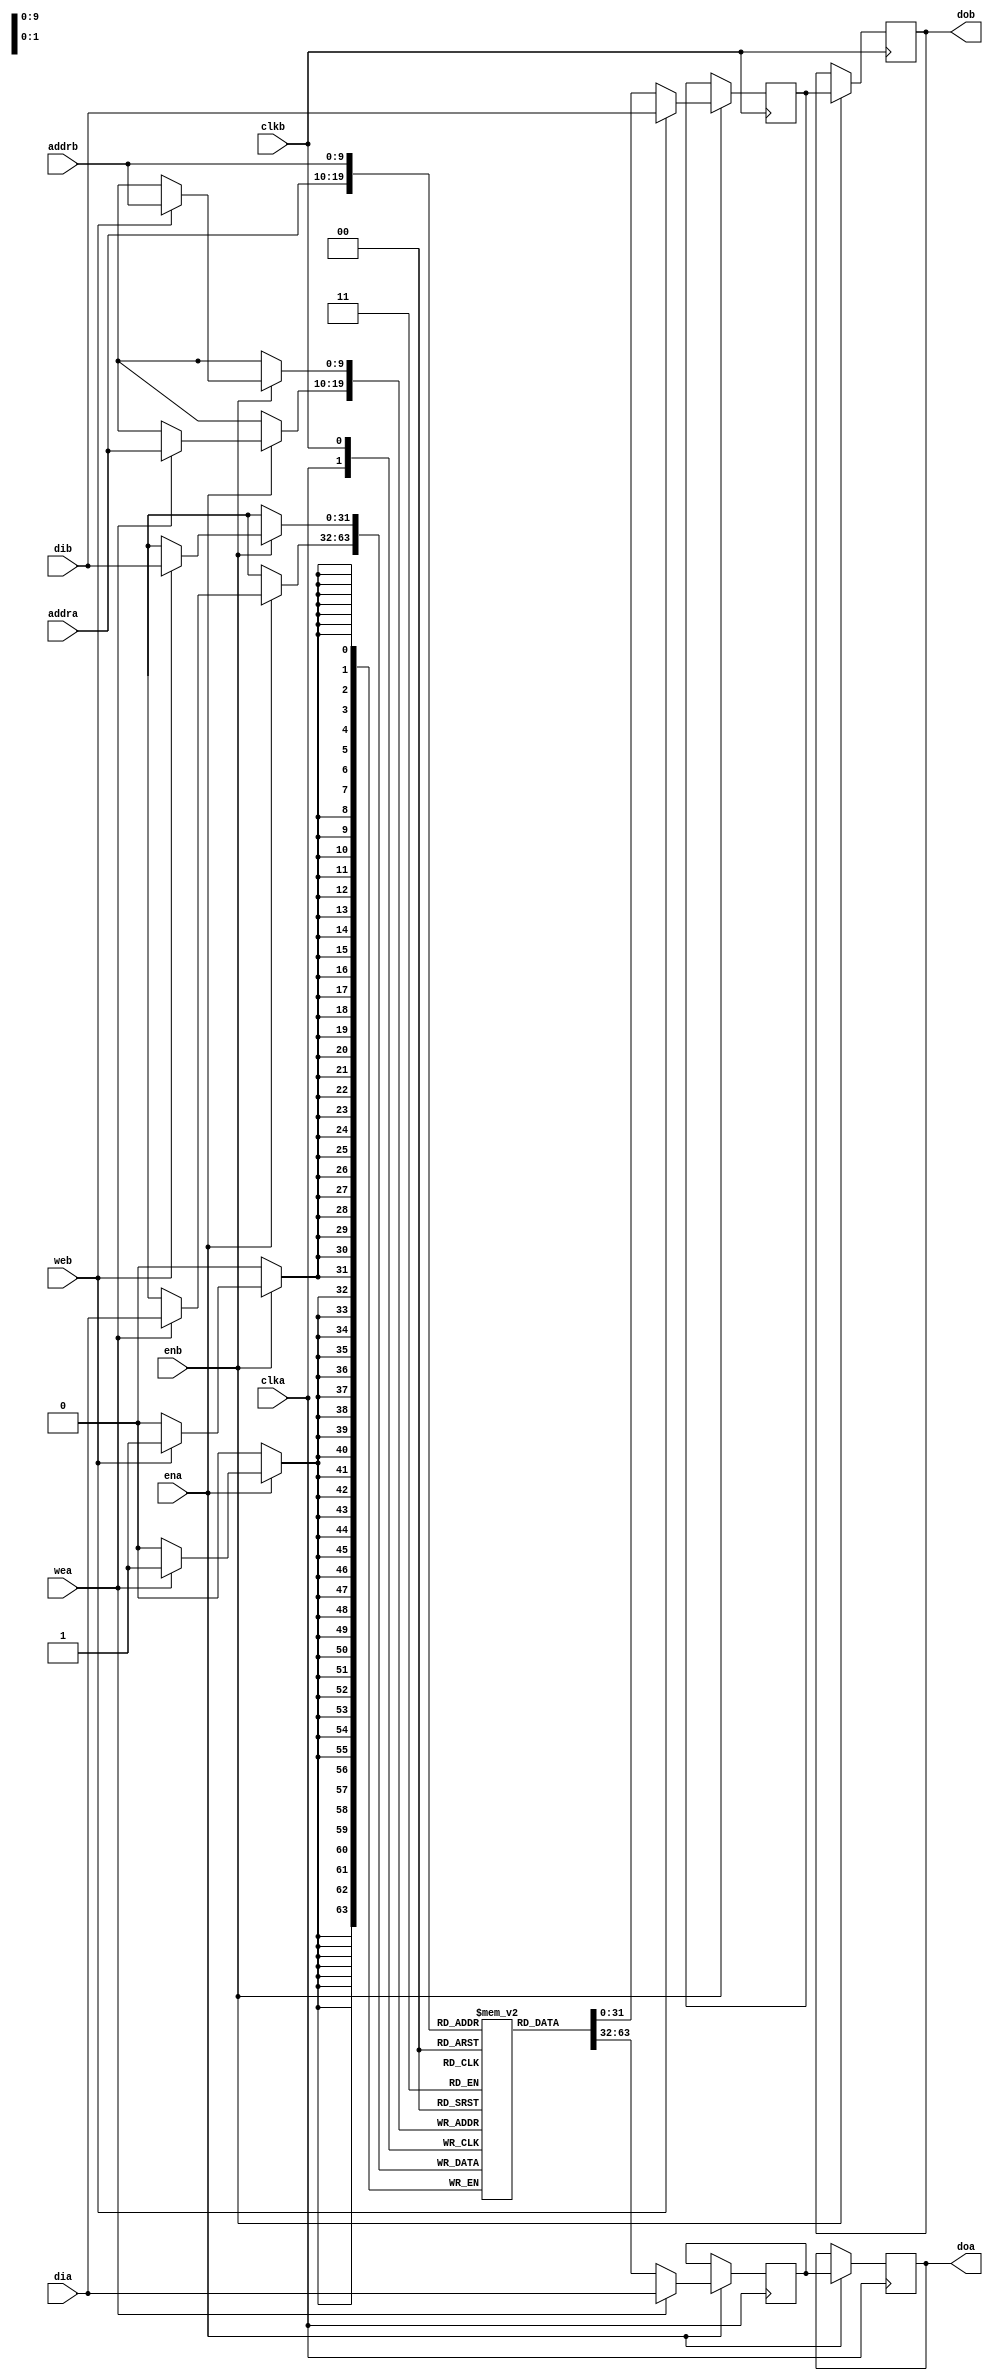
//                              -*- Mode: Verilog -*-
// Description     : Write-first dual port RAM
// Last Modified By: Christophe Clienti
// Update Count    : 0
// Status          : Unknown, Use with caution!
// Copyright (C) 2013-2016 Christophe Clienti - All Rights Reserved

`timescale 1 ns / 100 ps

module dpmemwf
  #(parameter DEPTH   = 10,
    parameter WIDTH   = 32,
    parameter OUTREGA = 1,
    parameter OUTREGB = 1)

   (input wire             clka, ena, wea,
    input wire [DEPTH-1:0] addra,
    input wire [WIDTH-1:0] dia,
    output reg [WIDTH-1:0] doa,

    input wire             clkb, enb, web,
    input wire [DEPTH-1:0] addrb,
    input wire [WIDTH-1:0] dib,
    output reg [WIDTH-1:0] dob);


   reg [WIDTH-1:0] ram[2**DEPTH-1:0];
   reg [WIDTH-1:0] doa_reg, dob_reg;


   always @ (posedge clka) begin
      if(ena == 1'b1) begin
         if(wea == 1'b1) begin
            doa_reg <= dia;
            ram[addra] <= dia;
         end else
           doa_reg <= ram[addra];
      end
   end

   generate
      if(OUTREGA != 0) begin
         always @ (posedge clka) begin
            if(ena == 1'b1) begin
               doa <= doa_reg;
            end
         end
      end else begin
         always @ (doa_reg) begin
            doa = doa_reg;
         end
      end
   endgenerate


   always @ (posedge clkb) begin
      if(enb == 1'b1) begin
         if(web == 1'b1) begin
            dob_reg <= dib;
            ram[addrb] <= dib;
         end else
           dob_reg <= ram[addrb];
      end
   end

   generate
      if(OUTREGB != 0) begin
         always @ (posedge clkb) begin
            if(enb == 1'b1) begin
               dob <= dob_reg;
            end
         end
      end else begin
         always @ (dob_reg) begin
            dob = dob_reg;
         end
      end
   endgenerate

endmodule // dpmemwf